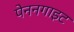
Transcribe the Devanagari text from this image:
पेननगाइट